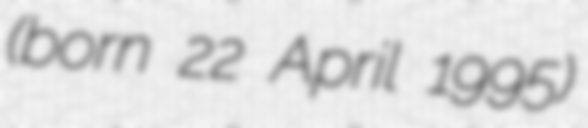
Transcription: (born 22 April 1995)